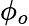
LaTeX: \phi_{o}